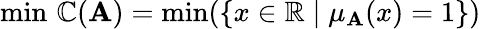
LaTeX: \operatorname*{min}\, \mathbb{C}(\mathbf{A})=\operatorname*{min}(\{ x\in\mathbb{{R}}\mid\mu_{\mathbf{A}}(x)=1\} )